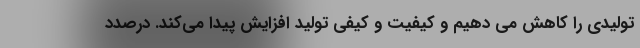
تولیدی را کاهش می دهیم و کیفیت و کیفی تولید افزایش پیدا می‌کند. درصدد